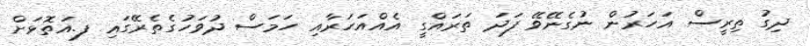
ދިގު ތިރީސް އަހަރުން ނުގެނޭވޭ ފަދަ ތަރައްގީ އެއްއަހަރާއި ހަމަސް ދުވަހުގެތެރޭގައި ފ.އަތޮޅަށް